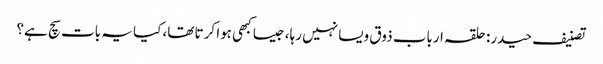
تصنیف حیدر: حلقہ ارباب ذوق ویسا نہیں رہا، جیسا کبھی ہوا کرتا تھا، کیا یہ بات سچ ہے؟